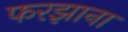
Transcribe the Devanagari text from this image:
फरझाना